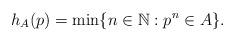
LaTeX: \begin{align*}h_A(p)=\min\{n\in\mathbb{N}:p^n\in A\}.\end{align*}